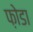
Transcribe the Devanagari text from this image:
फ़ोडा